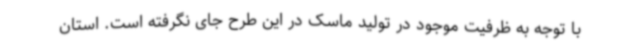
با توجه به ظرفیت موجود در تولید ماسک در این طرح جای نگرفته است. استان